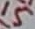
Text: 15